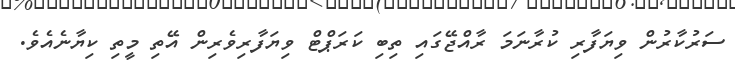
ސަރުކާރުން ވިޔަފާރި ކުރާނަމަ ރާއްޖޭގައި ތިބި ކަރަޕްޓް ވިޔަފާރިވެރިން އޭތި މީތި ކިޔާނެއެވެ.